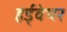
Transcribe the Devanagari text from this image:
हर्ड्वेयर